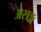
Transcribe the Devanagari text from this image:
असङ्ग